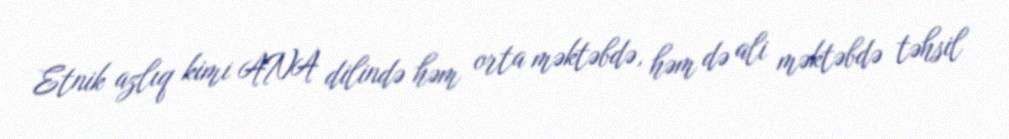
Etnik azlıq kimi ANA dilində həm orta məktəbdə, həm də ali məktəbdə təhsil